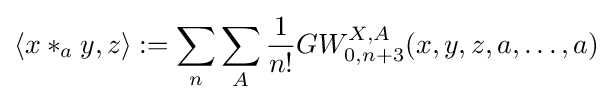
\langle x*_{a}y,z\rangle :=\sum _{n}\sum _{A}{\frac {1}{n!}}GW_{0,n+3}^{X,A}(x,y,z,a,\ldots ,a)